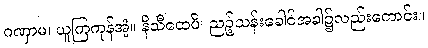
ဂဏှာမ၊ ယူကြကုန်အံ့။ နိသီထေပိ၊ ညဉ့်သန်းခေါင်အခါ၌လည်းကောင်း။